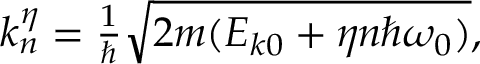
\begin{array} { r } { k _ { n } ^ { \eta } = \frac { 1 } { \hbar } \sqrt { 2 m ( E _ { k 0 } + \eta n \hbar \omega _ { 0 } ) } , } \end{array}